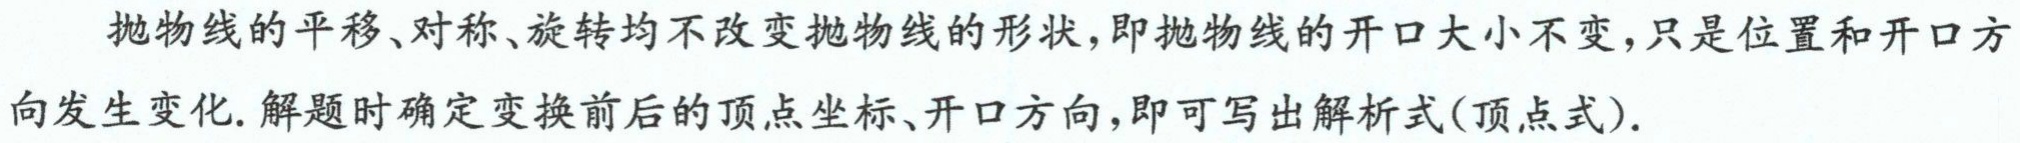
抛物线的平移、对称、旋转均不改变抛物线的形状，即抛物线的开口大小不变，只是位置和开口方向发生变化. 解题时确定变换前后的顶点坐标、开口方向，即可写出解析式(顶点式).